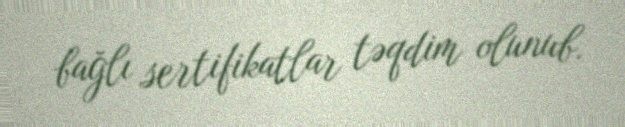
bağlı sertifikatlar təqdim olunub.